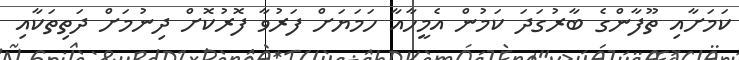
ކަމަށާއި ތޫފާންގެ ބާރުގަދަ ކަމުން އެމީހާއާ ހަމަޔަށް ފަރުވާ ފޮރުކޮށް ދިނުމަށް ދަތިތަކާއި